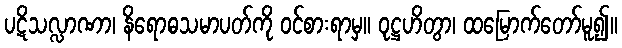
ပဋိသလ္လာဏာ၊ နိရောဓသမာပတ်ကို ဝင်စားရာမှ။ ဝုဋ္ဌဟိတွာ၊ ထမြောက်တော်မူ၍။